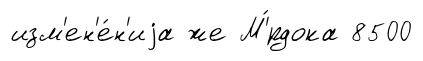
изм'ен'е́н'иjа же М'́рдока 8500